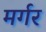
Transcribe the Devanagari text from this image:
मर्गर